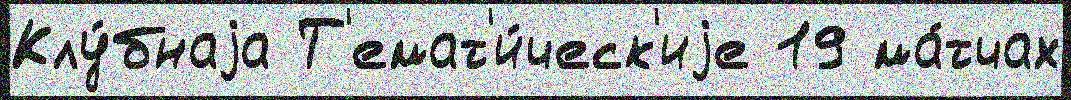
Клу́бнаjа Т'емат'и́ческ'иjе 19 ма́тчах